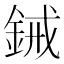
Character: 𫒞